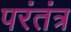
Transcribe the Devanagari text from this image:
परंतंत्र